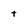
Character: t